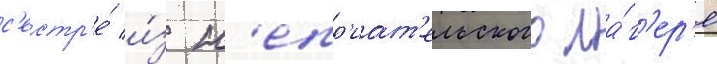
с'естр'е́ и́з н'епр'иат'ельского ла́г'ер'я